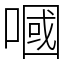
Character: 嘓